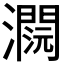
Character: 𤂕